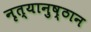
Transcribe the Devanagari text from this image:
नृत्यानुष्ठान